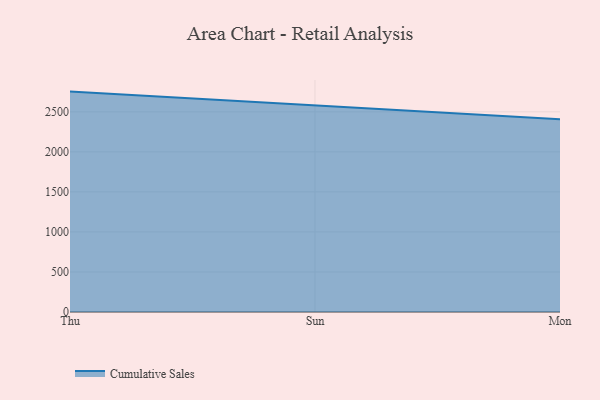
{"axis": {"x": "Day", "y": "Production Output"}, "legend": ["Cumulative Sales"], "data": [{"x": "Thu", "y": 2752.2, "type": "Cumulative Sales"}, {"x": "Sun", "y": 2579.4, "type": "Cumulative Sales"}, {"x": "Mon", "y": 2408.0, "type": "Cumulative Sales"}]}